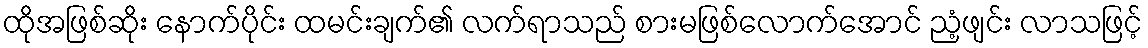
ထိုအဖြစ်ဆိုး နောက်ပိုင်း ထမင်းချက်၏ လက်ရာသည် စားမဖြစ်လောက်အောင် ညံ့ဖျင်း လာသဖြင့်